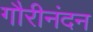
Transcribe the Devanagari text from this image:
गौरीनंदन